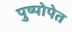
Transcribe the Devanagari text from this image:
पुष्पोपेत